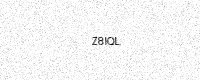
Text: Z8IQL